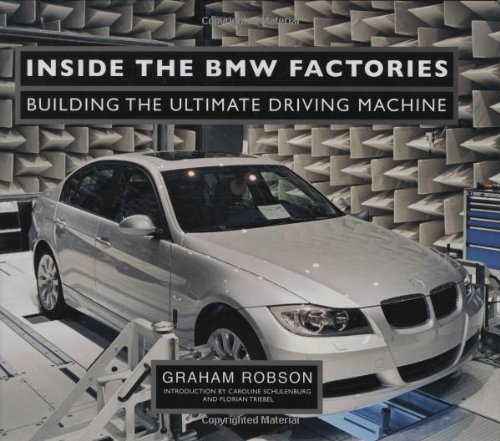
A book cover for Inside the BMW Factories: Building the Ultimate Driving Machine; Graham Robson; Engineering & Transportation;